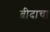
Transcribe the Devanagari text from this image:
ब्रीदाचा